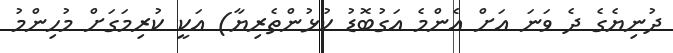
ދުނިޔެގެ ދެ ވަނަ އަށް އެންމެ އަގުބޮޑު ކުޅުންތެރިޔާ) އަކީ ކުރިމަގަށް މުހިންމު